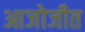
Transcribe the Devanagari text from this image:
आजोजीत